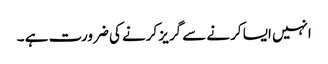
انہیں ایسا کرنے سے گریز کرنے کی ضرورت ہے ۔